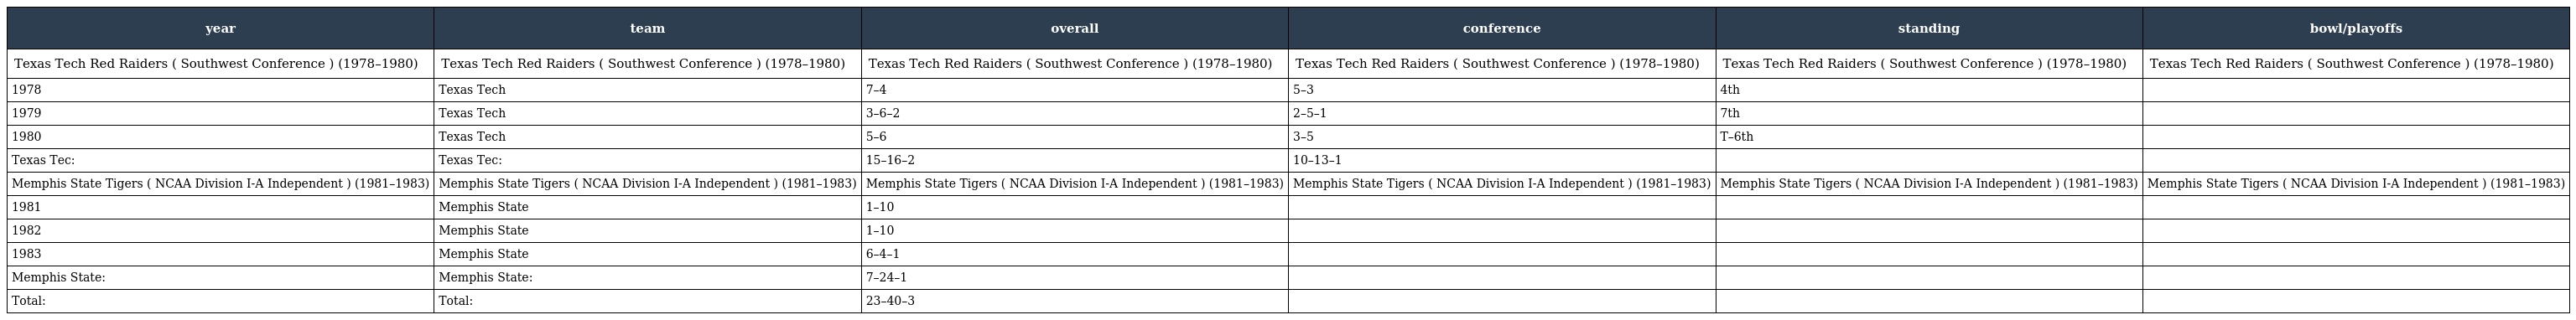
| year | team | overall | conference | standing | bowl/playoffs |
 | --- | --- | --- | --- | --- | --- |
 | Texas Tech Red Raiders ( Southwest Conference ) (1978–1980) | Texas Tech Red Raiders ( Southwest Conference ) (1978–1980) | Texas Tech Red Raiders ( Southwest Conference ) (1978–1980) | Texas Tech Red Raiders ( Southwest Conference ) (1978–1980) | Texas Tech Red Raiders ( Southwest Conference ) (1978–1980) | Texas Tech Red Raiders ( Southwest Conference ) (1978–1980) |
 | 1978 | Texas Tech | 7–4 | 5–3 | 4th |  |
 | 1979 | Texas Tech | 3–6–2 | 2–5–1 | 7th |  |
 | 1980 | Texas Tech | 5–6 | 3–5 | T–6th |  |
 | Texas Tec: | Texas Tec: | 15–16–2 | 10–13–1 |  |  |
 | Memphis State Tigers ( NCAA Division I-A Independent ) (1981–1983) | Memphis State Tigers ( NCAA Division I-A Independent ) (1981–1983) | Memphis State Tigers ( NCAA Division I-A Independent ) (1981–1983) | Memphis State Tigers ( NCAA Division I-A Independent ) (1981–1983) | Memphis State Tigers ( NCAA Division I-A Independent ) (1981–1983) | Memphis State Tigers ( NCAA Division I-A Independent ) (1981–1983) |
 | 1981 | Memphis State | 1–10 |  |  |  |
 | 1982 | Memphis State | 1–10 |  |  |  |
 | 1983 | Memphis State | 6–4–1 |  |  |  |
 | Memphis State: | Memphis State: | 7–24–1 |  |  |  |
 | Total: | Total: | 23–40–3 |  |  |  |